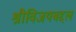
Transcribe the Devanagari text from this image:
श्रीविजयबद्दल